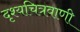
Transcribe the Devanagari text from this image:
दृश्यचित्रवाणी